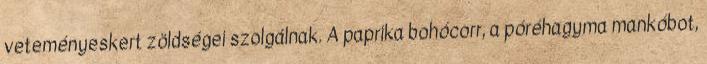
veteményeskert zöldségei szolgálnak. A paprika bohócorr, a póréhagyma mankóbot,